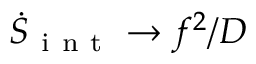
\dot { S } _ { \mathrm { ~ i ~ n ~ t ~ } } \rightarrow f ^ { 2 } / D